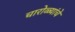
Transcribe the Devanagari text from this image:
चारोळ्यांचे